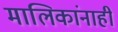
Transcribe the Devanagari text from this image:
मालिकांनाही